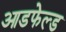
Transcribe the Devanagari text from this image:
आडफेल्ड